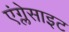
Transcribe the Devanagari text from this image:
एंग्लेसाइट